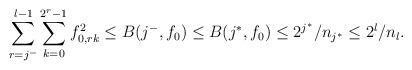
LaTeX: \begin{align*}\sum_{r=j^-}^{l-1}\sum_{k=0}^{2^{r}-1}f_{0,r k}^2\leq B({j^{-}},f_0) \leq B(j^*,f_0)\leq 2^{j^*}/n_{j^*}\leq 2^l/n_l.\end{align*}